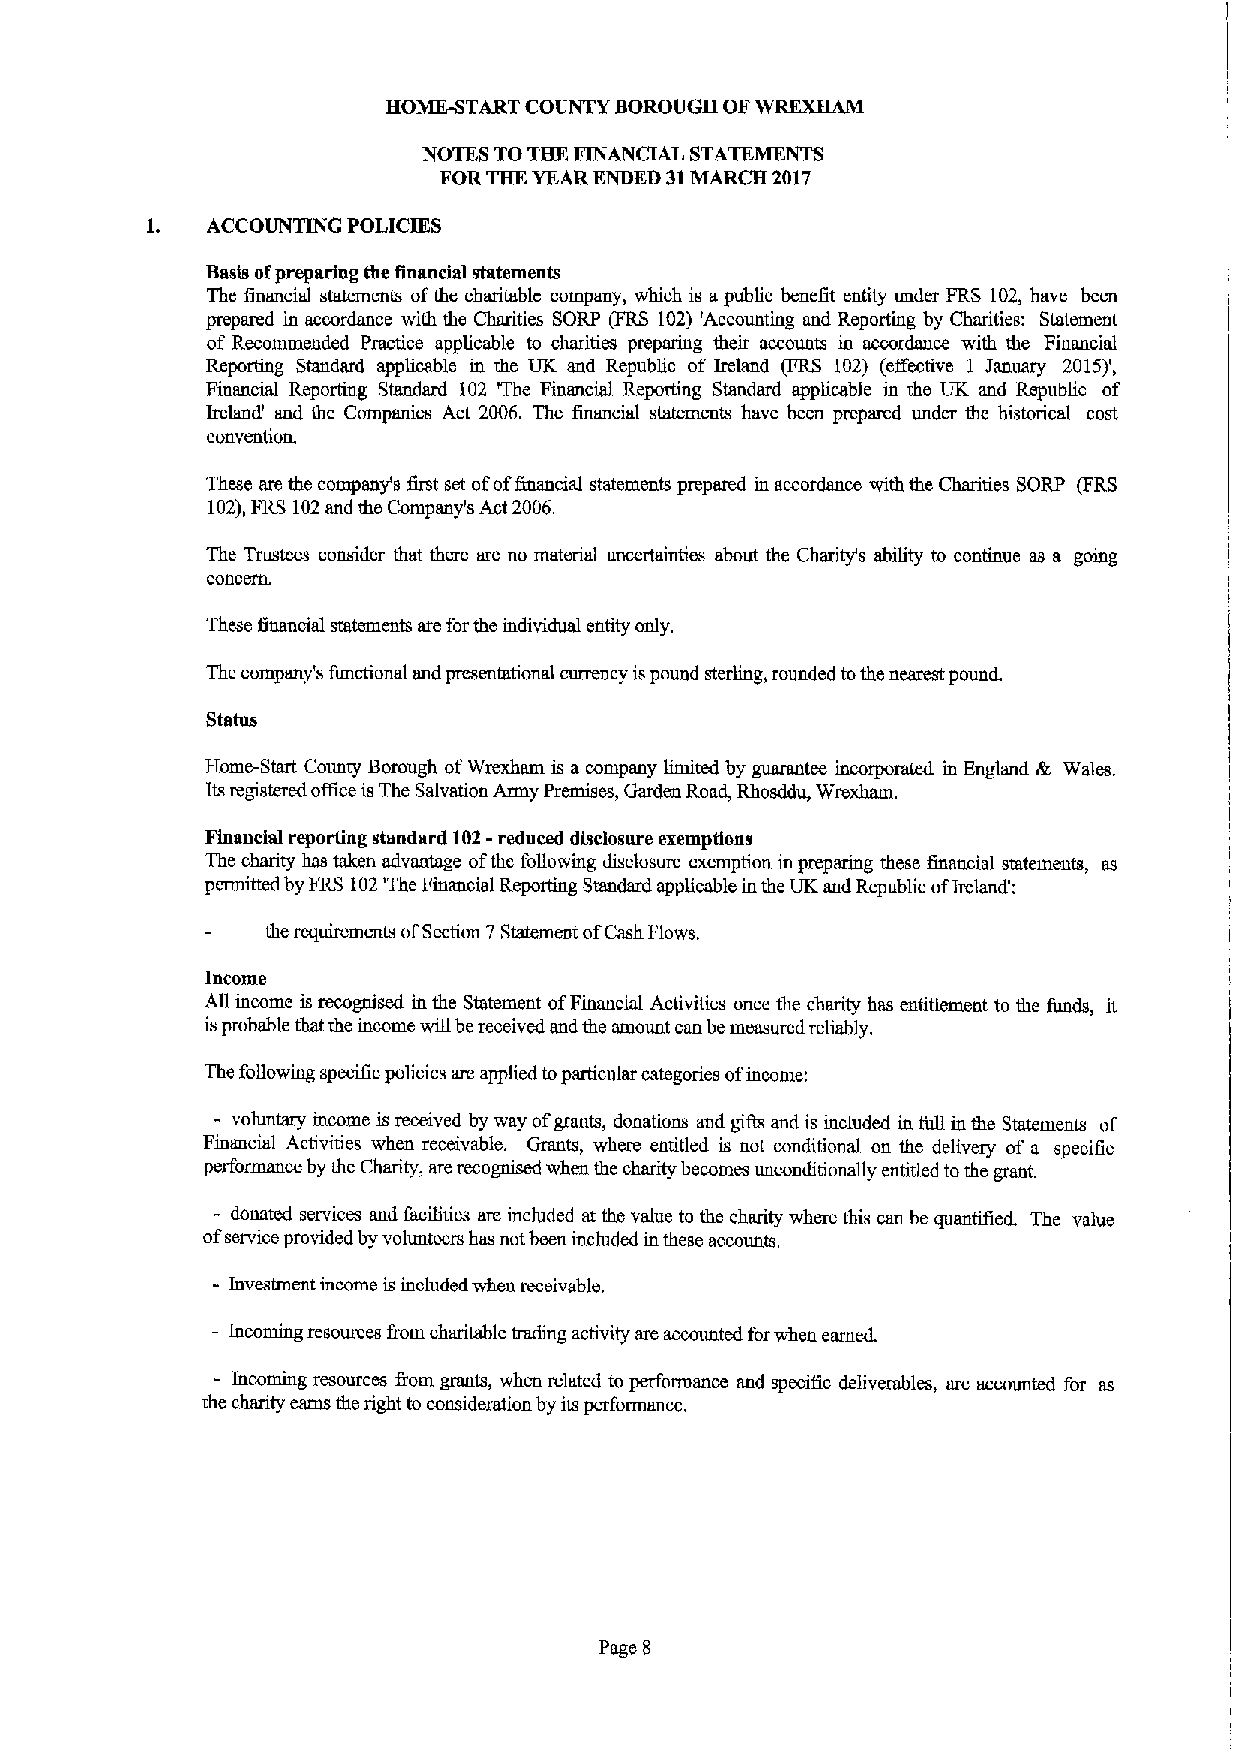
HOME-START COUNTY BOROUGH OFWREXHAM
 STATE~
 NOTES TOTHE FINANCIAL
 FORTHE YEARENDED 31MARCH 2017
 ACCOUNTING POLICIES
 Basis ofpreparing the financial statements
 The financial statements ofthe charitable company, which is apublic benefit entity under FRS 102, have been
 prepared in accordance with the Charities SORP (FRS 102) 'Accounting and Reporting by Charities: Statement
 of Recommended Practice applicable to charities preparing their accounts in accordance with the Financial
 Reporting Standard applicable m the UK and Republic of Ireland (FRS 102) (eft'ective 1 January 2015)',
 Financial Reporting Standard 102 The Financial Reporting Standard applicable in the UK and Republic of
 Ireland' aud the Companies Act 2006. The financial statements have been prepared under the historical cost
 convention.
 These are the company's first set ofoffinancial statements prepared in accordance with the Charities SORP (FRS
 102),FRS 102and the Company's Act 2006,
 The Trustees consider that there are no material uncertainties about the Charity's ability to continue as a going
 concern.
 These financial statements are forthe individual entity only.
 The company's functional and presentational currency ispound sterling, rounded tothe nearest pound.
 Home-Start County Borough ofWrexham is acompany limited by guaranuxs incorporated in England 68 Wales.
 Itsregistered office isThe Salvation Army Premises, Garden Road, Rhosddu, Wrexham.
 Financial reporting standard 102-reduced disclosure exemptions
 The charity has taken advantage ofthe following disclosure exemption in preparing these financial statements, as
 pnmitted by FRS 102'The Financial Reporting Standard applicable in the UK and Republic ofIreland':
 the requirements ofSection 7Statement ofCash Flows.
 Income
 All income is recognised in the Statement ofFinancial Activities once the charity has entitlement to the funds, it
 isprobable that the income will bereceived and the amount can be measured reliably.
 The following specific policies are applied toparticular categories ofincome;
 - voluntary income is received by way ofgrants, donations and gifls and is included in full in the Statements of
 Financial Activities when receivable. Grants, where entitled is not conditional on the delivery of a specific
 performance by the Charity, are recognised when the charity becomes unconditionally entitled tothe grant.
 -
 donated services and facilities are included at the value to the charity where this can be quantified. The value
 ofservice provided by volunteers has not been included in these accounts.
 Investment income is included when receivable.
 Incoming resources fiom charitable trading activity sre accounted forwhen earned.
 - Incoming resources &om grants, when related to performance and specific deliverables, are accounted for as
 the charity earns the right to consideration by its performance.
 Page 8